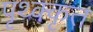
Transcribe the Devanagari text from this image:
पृथ्क्कृत